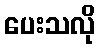
ပေးသလို